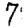
Digit: 7